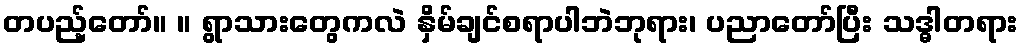
တပည့်တော်။ ။ ရွာသားတွေကလဲ နှိမ်ချင်စရာပါဘဲဘုရား၊ ပညာတော်ပြီး သဒ္ဓါတရား